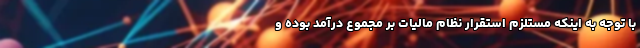
با توجه به اینکه مستلزم استقرار نظام مالیات بر مجموع درآمد بوده و